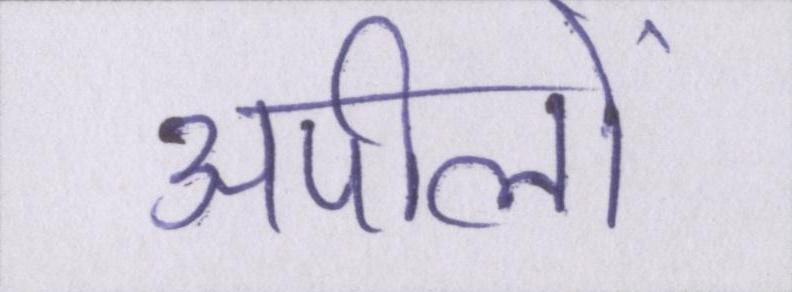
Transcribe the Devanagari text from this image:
अपीलों